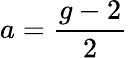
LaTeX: a={\frac{g-2}{2}}